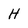
Character: H